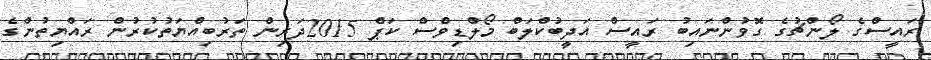
ރައީސްގެ ލޯންޗުގެ ގޮވުންނައިބު ރައީސް އަދީބުކްލަބް މޯލްޑިވްސް ކަޕް 2015ދަރިން ތަރުބިއްޔަތުކުރުން ރައްޔިތުންގެ